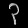
Digit: ၃